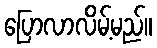
ပြောလာလိမ့်မည်။